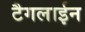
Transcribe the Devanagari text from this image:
टैगलाईन